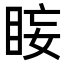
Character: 𭾰